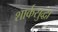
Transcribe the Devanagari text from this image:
शार्कसुद्धा